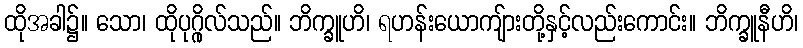
ထိုအခါ၌။ သော၊ ထိုပုဂ္ဂိုလ်သည်။ ဘိက္ခူဟိ၊ ရဟန်းယောကျ်ားတို့နှင့်လည်းကောင်း။ ဘိက္ခူနီဟိ၊